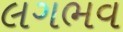
લગભવ